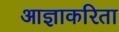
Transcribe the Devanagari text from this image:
आज्ञाकरिता